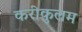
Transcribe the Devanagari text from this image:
करीकुलम